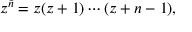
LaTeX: z ^ { \bar { n } } = z ( z + 1 ) \cdots ( z + n - 1 ) ,